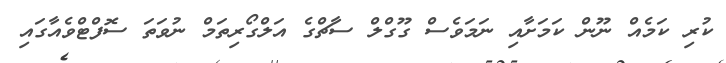
ކުރި ކަމެއް ނޫން ކަމަށާއި ނަމަވެސް ގޫގްލް ސާޗްގެ އަލްގޯރިތަމް ނުވަތަ ސޮފްޓްވެއާގައި